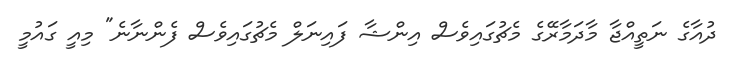
ދުއާގެ ނަތީއްޖާ މާދަމާރޭގެ މެޗުގައިވެސް އިންޝާ ފައިނަލް މެޗުގައިވެސް ފެންނާނެ" މިއީ ގައުމީ